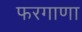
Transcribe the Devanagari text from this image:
फरगाणा